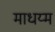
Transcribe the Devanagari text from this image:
माधय्म